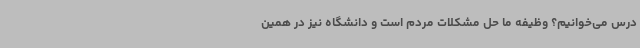
درس می‌خوانیم؟ وظیفه ما حل مشکلات مردم است و دانشگاه نیز در همین